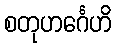
စတုဟင်္ဂေဟိ